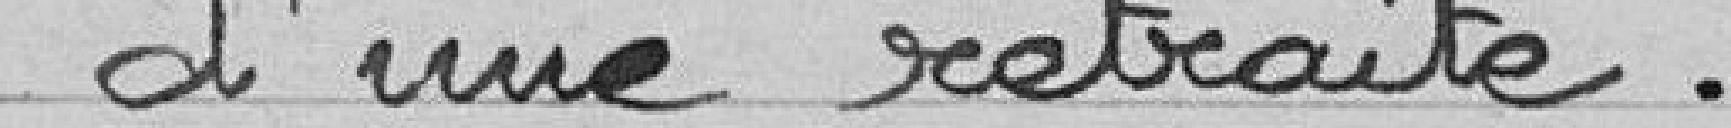
d'une retraite.